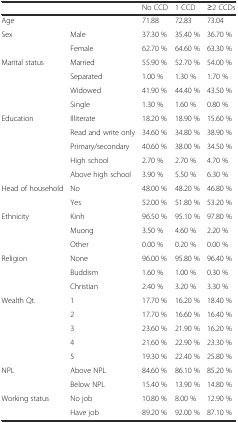
| <COLSPAN=2>  | No CCD | 1 CCD | ≥2 CCDs |
 | --- | --- | --- | --- | --- |
 | Age |  | 71.88 | 72.83 | 73.04 |
 | Sex | Male | 37.30 % | 35.40 % | 36.70 % |
 |  | Female | 62.70 % | 64.60 % | 63.30 % |
 | Marital status | Married | 55.90 % | 52.70 % | 54.00 % |
 |  | Separated | 1.00 % | 1.30 % | 1.70 % |
 |  | Widowed | 41.90 % | 44.40 % | 43.50 % |
 |  | Single | 1.30 % | 1.60 % | 0.80 % |
 | Education | Illiterate | 18.20 % | 18.90 % | 15.60 % |
 |  | Read and write only | 34.60 % | 34.80 % | 38.90 % |
 |  | Primary/secondary | 40.60 % | 38.00 % | 34.50 % |
 |  | High school | 2.70 % | 2.70 % | 4.70 % |
 |  | Above high school | 3.90 % | 5.50 % | 6.30 % |
 | Head of household | No | 48.00 % | 48.20 % | 46.80 % |
 |  | Yes | 52.00 % | 51.80 % | 53.20 % |
 | Ethnicity | Kinh | 96.50 % | 95.10 % | 97.80 % |
 |  | Muong | 3.50 % | 4.60 % | 2.20 % |
 |  | Other | 0.00 % | 0.20 % | 0.00 % |
 | Religion | None | 96.00 % | 95.80 % | 96.40 % |
 |  | Buddism | 1.60 % | 1.00 % | 0.30 % |
 |  | Christian | 2.40 % | 3.20 % | 3.30 % |
 | Wealth Qt. | 1 | 17.70 % | 16.20 % | 18.40 % |
 |  | 2 | 17.70 % | 16.60 % | 16.40 % |
 |  | 3 | 23.60 % | 21.90 % | 16.20 % |
 |  | 4 | 21.60 % | 22.90 % | 23.30 % |
 |  | 5 | 19.30 % | 22.40 % | 25.80 % |
 | NPL | Above NPL | 84.60 % | 86.10 % | 85.20 % |
 |  | Below NPL | 15.40 % | 13.90 % | 14.80 % |
 | Working status | No job | 10.80 % | 8.00 % | 12.90 % |
 |  | Have job | 89.20 % | 92.00 % | 87.10 % |